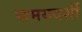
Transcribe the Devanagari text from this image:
समयदर्शी